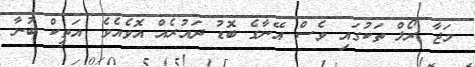
މަޖާ ރޯލް ތަކުގައި ވެސް އޭނާގެ ބޮޑު ދައުރެއް އޮވެއެވެ. އަތީކް ބުނާ